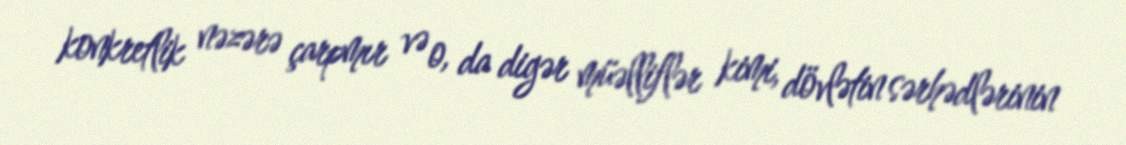
konkretlik nəzərə çarpmır və o, da digər müəlliflər kimi, dövlətin sərhədlərinin